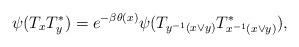
LaTeX: \begin{align*}\psi(T_xT_y^*) = e^{-\beta \theta(x)} \psi(T_{y^{-1}(x\vee y)} T_{x^{-1}(x\vee y)}^*),\end{align*}